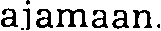
ajamaan.